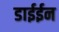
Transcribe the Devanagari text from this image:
डाईईन